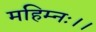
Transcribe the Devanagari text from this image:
महिम्नः।।